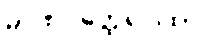
မာဏဝတ္ထေရဂါထာ